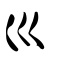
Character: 巛